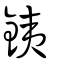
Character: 銕